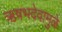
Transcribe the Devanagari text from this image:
ऋषभदेवामुळे